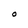
Character: 0